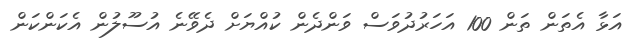
އަޅާ އެތަން ތަން 100 އަހަރުދުވަސް ވަންދެން ކުއްޔަށް ދެވޭނެ އުސޫލުން އެކަންކަން